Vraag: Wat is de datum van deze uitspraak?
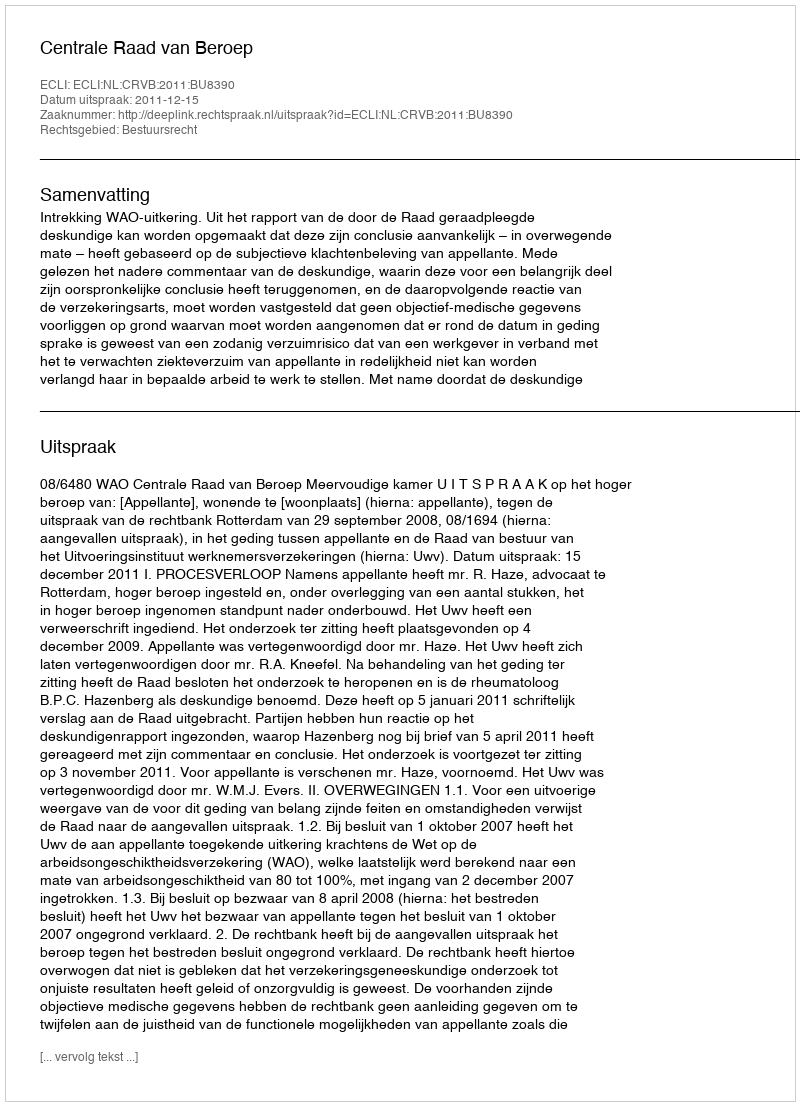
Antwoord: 2011-12-15